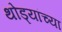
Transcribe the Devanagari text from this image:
थोड्यांच्या